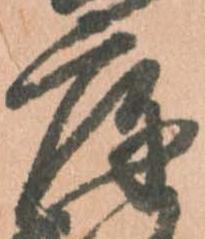
庫